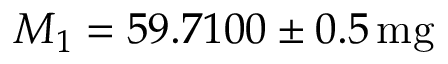
M _ { 1 } = 5 9 . 7 1 0 0 \pm 0 . 5 \, \mathrm { m g }